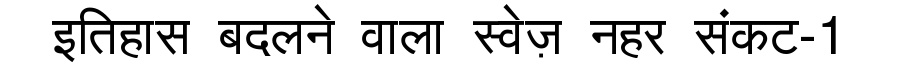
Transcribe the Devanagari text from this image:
इतिहास बदलने वाला स्वेज़ नहर संकट-1